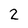
Character: 2